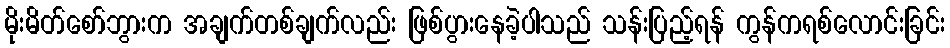
မိုးမိတ်စော်ဘွားက အချက်တစ်ချက်လည်း ဖြစ်ပွားနေခဲ့ပါသည် သန်းပြည့်ရန် ကွန်ကရစ်လောင်းခြင်း